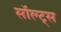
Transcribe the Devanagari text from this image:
सॉल्ट्स